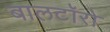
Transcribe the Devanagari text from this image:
बालटॉरो